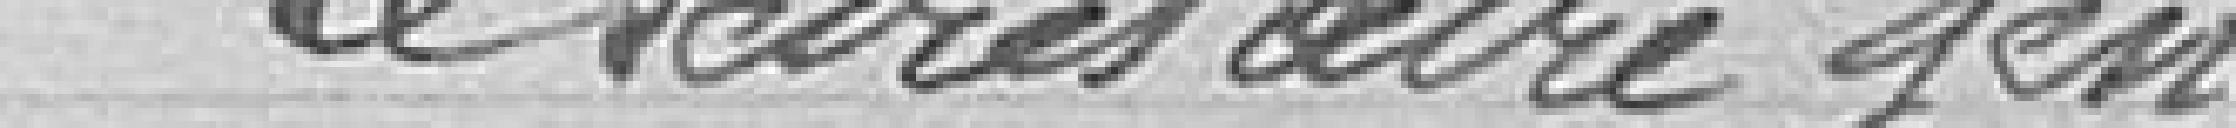
Le secrétaire général